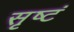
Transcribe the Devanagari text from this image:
सृष्टं